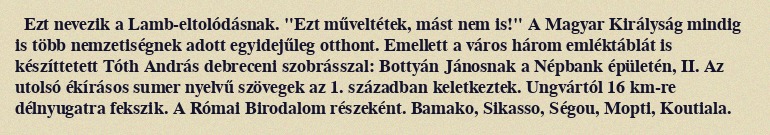
Ezt nevezik a Lamb-eltolódásnak. "Ezt műveltétek, mást nem is!" A Magyar Királyság mindig is több nemzetiségnek adott egyidejűleg otthont. Emellett a város három emléktáblát is készíttetett Tóth András debreceni szobrásszal: Bottyán Jánosnak a Népbank épületén, II. Az utolsó ékírásos sumer nyelvű szövegek az 1. században keletkeztek. Ungvártól 16 km-re délnyugatra fekszik. A Római Birodalom részeként. Bamako, Sikasso, Ségou, Mopti, Koutiala.